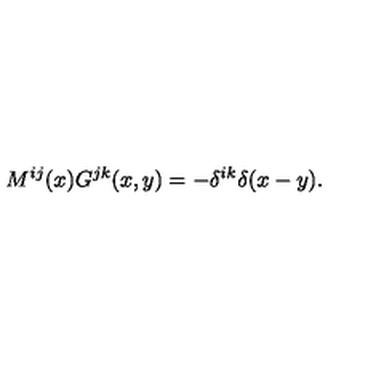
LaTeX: M ^ { i j } ( x ) G ^ { j k } ( x , y ) = - \delta ^ { i k } \delta ( x - y ) .